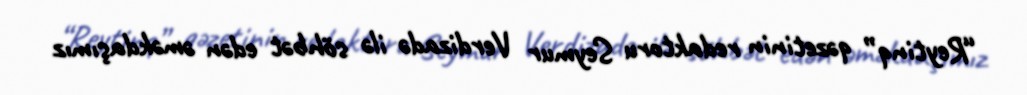
“Reytinq” qəzetinin redaktoru Seymur Verdizadə ilə söhbət edən əməkdaşımız